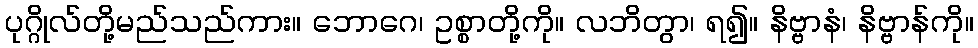
ပုဂ္ဂိုလ်တို့မည်သည်ကား။ ဘောဂေ၊ ဥစ္စာတို့ကို။ လဘိတွာ၊ ရ၍။ နိဗ္ဗာနံ၊ နိဗ္ဗာန်ကို။